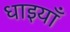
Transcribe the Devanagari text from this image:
धाइयाँ